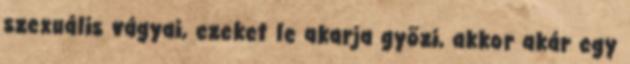
szexuális vágyai, ezeket le akarja gyõzi, akkor akár egy